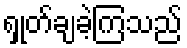
ရှုတ်ချခဲ့ကြသည်